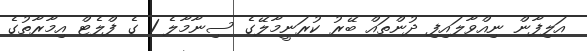
އަލިފާން ނިއްވާލައިފި ދުންތައް ބޭރު ކުރަނީމާލޭގެ ސިނާމާލެ 1 ގެ ފްލެޓް އިމާރާތުގެ